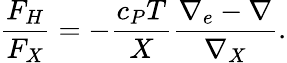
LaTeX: {\frac{F_{H}}{F_{X}}}=-{\frac{c_{P}T}{X}}{\frac{\nabla_{e}-\nabla}{\nabla_{X}}}.